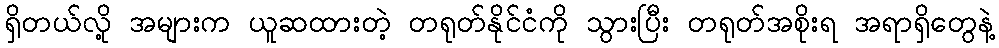
ရှိတယ်လို့ အများက ယူဆထားတဲ့ တရုတ်နိုင်ငံကို သွားပြီး တရုတ်အစိုးရ အရာရှိတွေနဲ့